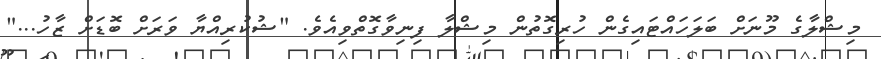
މިޝްލާގެ މޫނަށް ބަލަހައްޓައިގެން ހުރިގޮތުން މިޝްލާ ފިނިވާގޮތްވިއެވެ. "ޝުކުރިއްޔާ ވަރަށް ބޮޑަށް ޒާހު..."